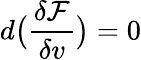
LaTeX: d\big(\frac{\delta\mathcal{F}}{\delta v}\big)=0